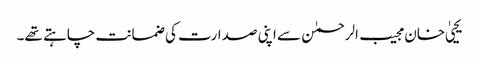
یحییٰ خان مجیب الرحمٰن سے اپنی صدارت کی ضمانت چاہتے تھے۔